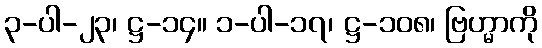
၃-ပါ-၂၃၊ ဋ္ဌ-၁၄။ ၁-ပါ-၁၇၊ ဋ္ဌ-၁၀၈၊ ဗြဟ္မာကို